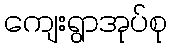
ကျေးရွာအုပ်စု